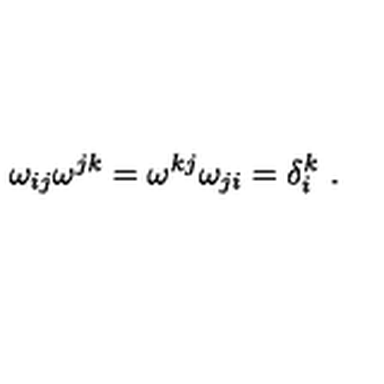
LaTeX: \omega _ { i j } \omega ^ { j k } = \omega ^ { k j } \omega _ { j i } = \delta _ { i } ^ { k } \ .